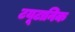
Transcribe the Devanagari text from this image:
टयूटानिक